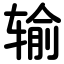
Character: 输